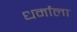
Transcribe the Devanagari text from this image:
धर्मांला